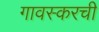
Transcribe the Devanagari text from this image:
गावस्करची